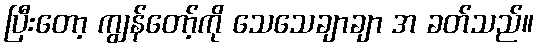
ပြီးတော့ ကျွန်တော့်ကို သေသေချာချာ အ ခတ်သည်။